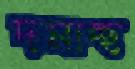
দমাচ্ছ